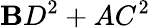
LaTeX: \mathbf{B}D^{2}+AC^{2}